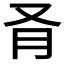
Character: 𪠥